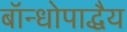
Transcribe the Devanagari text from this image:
बॉन्धोपाद्धैय